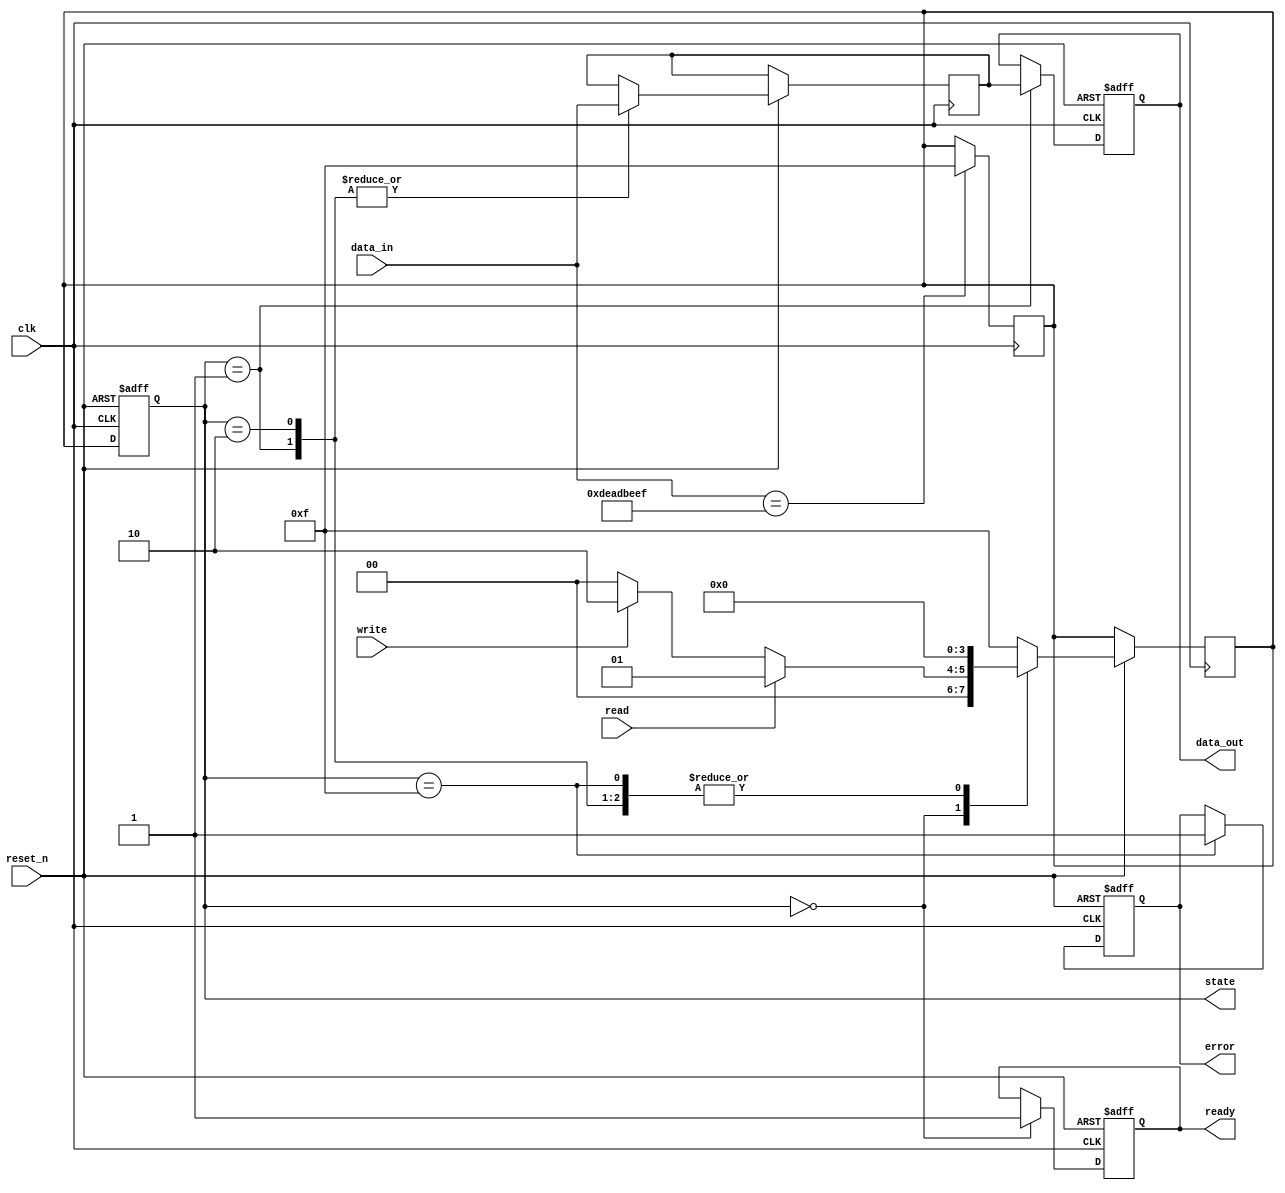
module SSD_IO_Block (
    input wire clk,                // Clock input
    input wire reset_n,            // Active low reset
    input wire [31:0] data_in,     // Data input
    output reg [31:0] data_out,    // Data output
    input wire read,               // Read command
    input wire write,              // Write command
    output reg ready,              // Ready signal
    output reg error,              // Error signal
    output reg [3:0] state         // Current state for debugging
);

    // State definitions
    localparam IDLE   = 4'b0000;
    localparam READ   = 4'b0001;
    localparam WRITE  = 4'b0010;
    localparam ERROR  = 4'b1111;

    reg [31:0] internal_buffer;     // Internal buffer for data
    reg [3:0] next_state;           // Next state for the state machine

    // State Machine Implementation
    always @(posedge clk or negedge reset_n) begin
        if (!reset_n) begin
            state <= IDLE;
            data_out <= 32'b0;
            ready <= 1'b0;
            error <= 1'b0;
        end else begin
            state <= next_state;
            case (state)
                IDLE: begin
                    ready <= 1'b1;
                    if (read) begin
                        next_state <= READ;
                    end else if (write) begin
                        next_state <= WRITE;
                    end else begin
                        next_state <= IDLE;
                    end
                end
                READ: begin
                    internal_buffer <= data_in; // Example action
                    data_out <= internal_buffer; // Output the internal buffer
                    next_state <= IDLE;
                end
                WRITE: begin
                    internal_buffer <= data_in; // Store incoming data
                    // Here, you'd add logic to write to memory
                    next_state <= IDLE;
                end
                ERROR: begin
                    error <= 1'b1; // Set error flag
                    next_state <= IDLE;
                end
                default: next_state <= ERROR; // Go to error state if undefined
            endcase
        end
    end

    // Error handling and signaling
    always @(posedge clk) begin
        // Simple error condition for example (could be parity check or similar)
        if (data_in == 32'hDEADBEEF) begin
            next_state <= ERROR; // Example of an error condition
        end
    end

    // Power management (standby logic)
    always @(posedge clk) begin
        if (ready) begin
            // Implement power savings when idle
        end
    end

endmodule